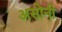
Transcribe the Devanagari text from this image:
असोनी